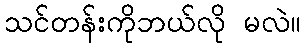
သင်တန်းကိုဘယ်လို မလဲ။